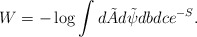
\begin{align*}W=-\log \int d\tilde{A} d\tilde{\psi} dbdc e^{-S}.\end{align*}